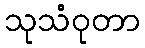
သုသံဝုတာ